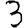
Digit: 3